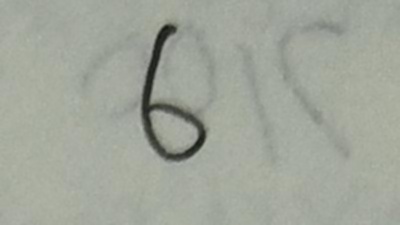
6